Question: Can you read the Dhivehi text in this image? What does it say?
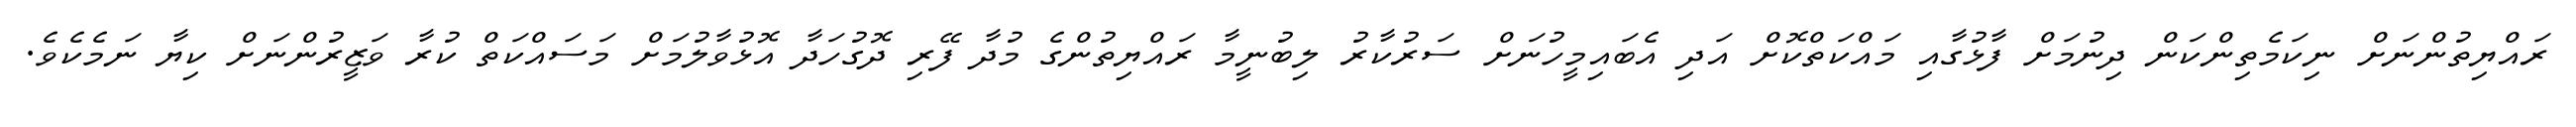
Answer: ރައްޔިތުންނަށް ނިކަމެތިންކަން ދިނުމަށް ފާޅުގާއި މައްކަތްކޮށް އަދި އެބައިމީހުނަށް ސަރުކާރު ލިބުނީމާ ރައްޔިތުންގެ މުދާ ފޭރި ދޮގުހަދާ އޮޅުވާލުމަށް މަސައްކަތް ކުރާ ވަޒީރުންނަށް ކިޔާ ނަމެކެވެ.